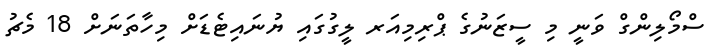
ސްމޯލިންގް ވަނީ މި ސީޒަނުގެ ޕްރިމިއަރ ލީގުގައި ޔުނައިޓެޑަށް މިހާތަނަށް 18 މެޗު